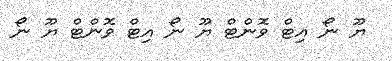
ޔޫ ނޯ އިޓް ވޮންޓް ޔޫ ނޯ އިޓް ވޮންޓް ޔޫ ނޯ